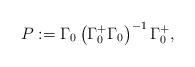
LaTeX: \begin{align*}P:=\Gamma_{0}\left( \Gamma_{0}^{+}\Gamma_{0} \right)^{-1}\Gamma _{0}^{+},\end{align*}